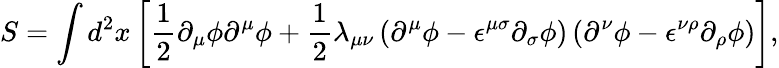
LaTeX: S=\int d^{2}x\left[{\frac 12}{\partial}_{\mu}{\phi}{\partial}^{\mu}{\phi}+{\frac 12}{\lambda}_{{\mu}{\nu}}\left({\partial}^{\mu}{\phi}-{\epsilon}^{{\mu}{\sigma}}{\partial}_{\sigma}{\phi}\right)\left({\partial}^{\nu}{\phi}-{\epsilon}^{{\nu}{\rho}}{\partial}_{\rho}{\phi}\right)\right],